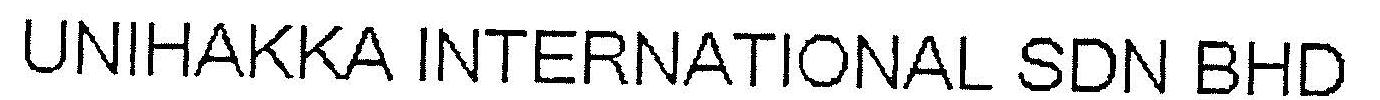
UNIHAKKA INTERNATIONAL SDN BHD